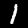
Label: 1